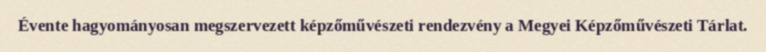
Évente hagyományosan megszervezett képzőművészeti rendezvény a Megyei Képzőművészeti Tárlat.